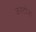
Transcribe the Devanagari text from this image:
कस्टोजा